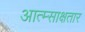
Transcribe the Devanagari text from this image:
आत्म्साक्षतार